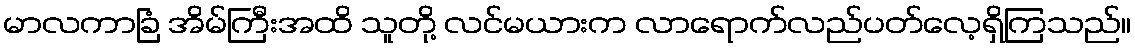
မာလကာခြံ အိမ်ကြီးအထိ သူတို့ လင်မယားက လာရောက်လည်ပတ်လေ့ရှိကြသည်။